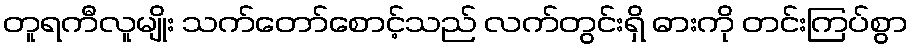
တူရကီလူမျိုး သက်တော်စောင့်သည် လက်တွင်းရှိ ဓားကို တင်းကြပ်စွာ